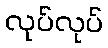
လုပ်လုပ်